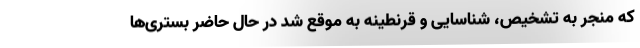
که منجر به تشخیص، شناسایی و قرنطینه به موقع شد در حال حاضر بستری‌ها